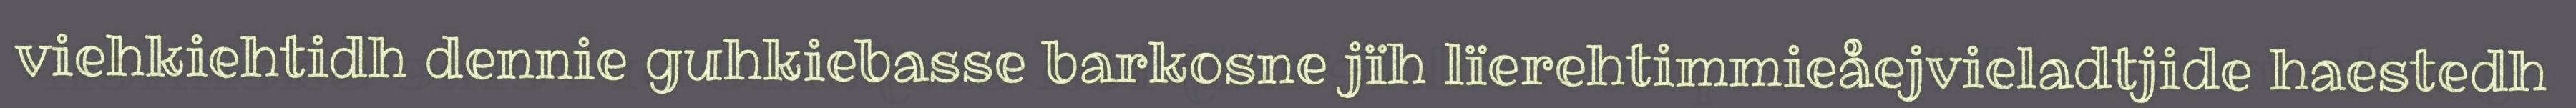
viehkiehtidh dennie guhkiebasse barkosne jïh lïerehtimmieåejvieladtjide haestedh